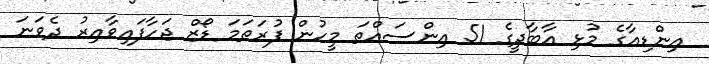
އިންޑިއާގެ މުޅި އާބާދީގެ 51 އިންސައްތަ މީހުން ފުރަތަމަ ޑޯޒް ޖަހާފައިވާއިރު ދެވަނަ